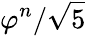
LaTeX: \varphi^{n}/{\sqrt{5}}